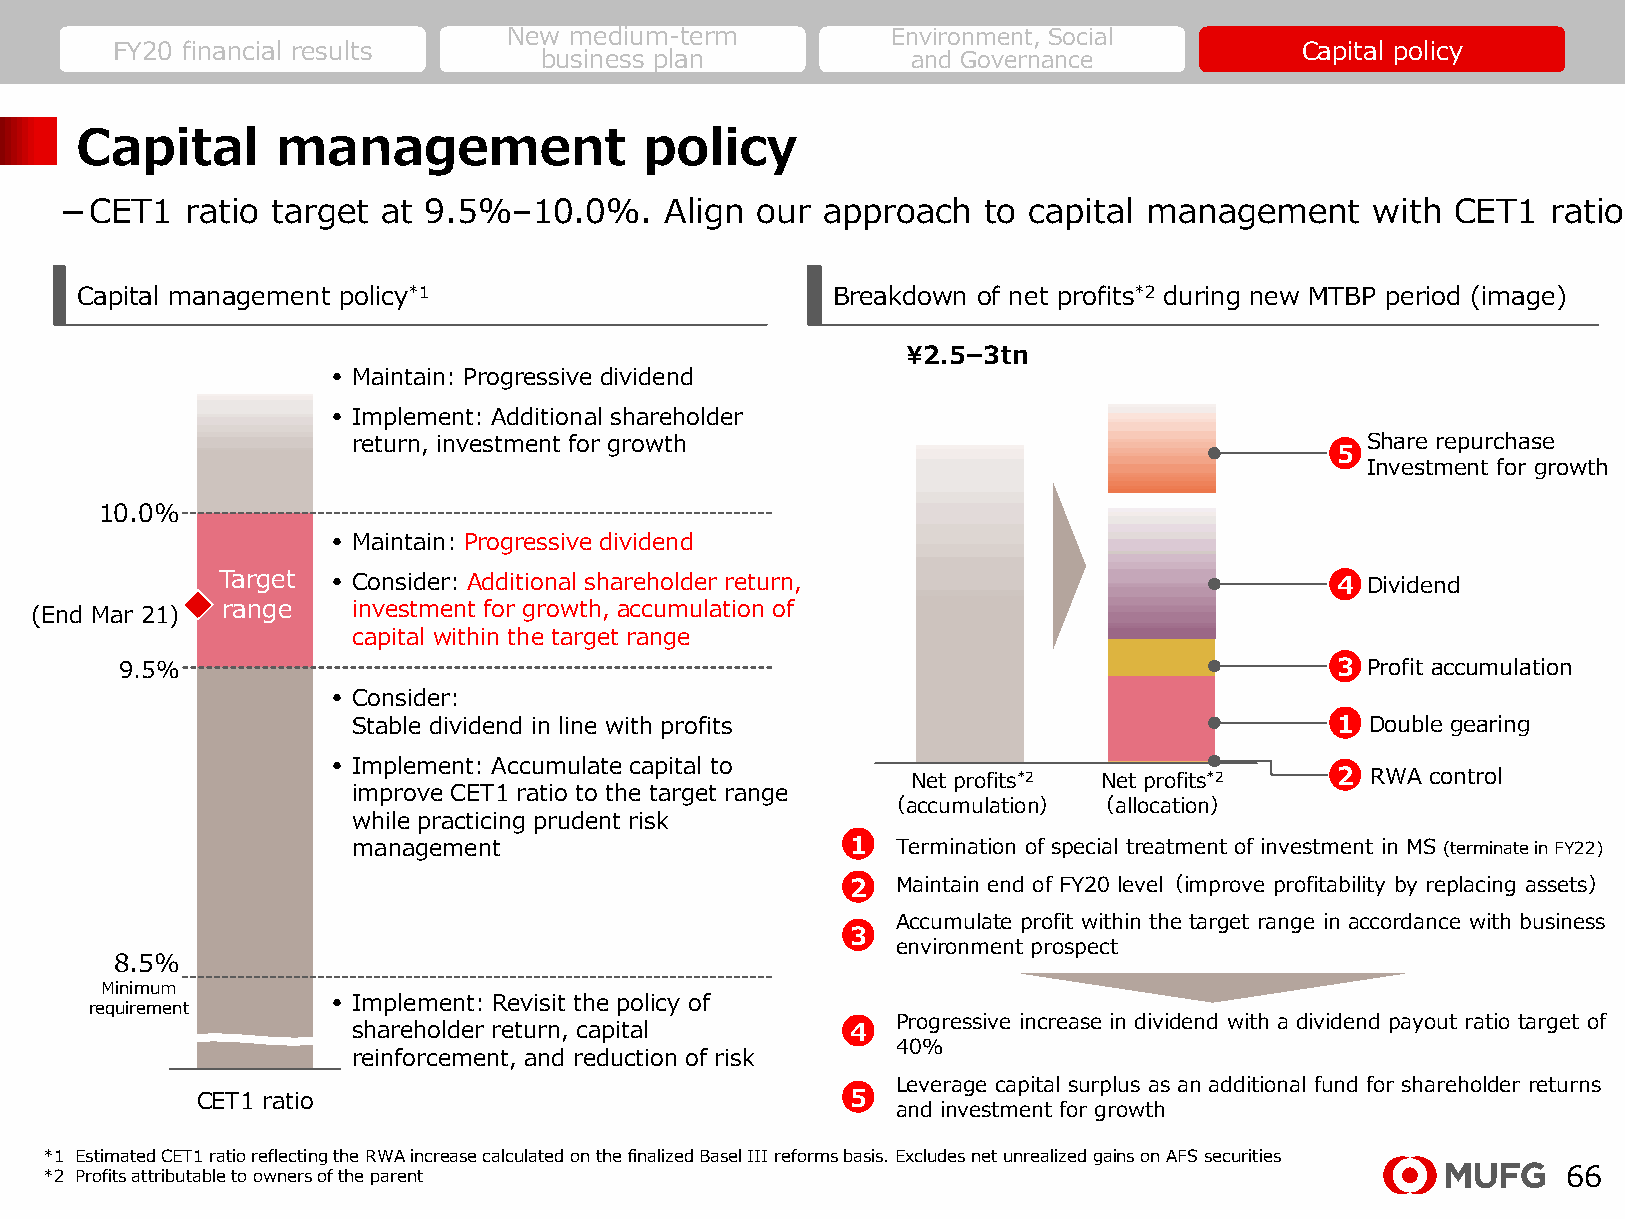
New medium-term          Environment, Social
 FY20 financial results                                                         Capital policy
 business plan           and Governance
 Capital      management               policy
 －CET1   ratio target at 9.5%–10.0%.     Align our approach   to capital management     with CET1   ratio
 Capital management policy*1                       Breakdown of net profits*2 during new MTBP period (image)
 ¥2.5–3tn
 • Maintain: Progressive dividend
 • Implement: Additional shareholder
 return, investment for growth                                      Share repurchase
 5
 Investment for growth
 10.0%
 • Maintain: Progressive dividend
 Target  • Consider: Additional shareholder return,                        4 Dividend
 (End Mar 21) range   investment for growth, accumulation of
 capital within the target range
 9.5%                                                                            3 Profit accumulation
 • Consider:
 Stable dividend in line with profits                             1  Double gearing
 • Implement: Accumulate capital to
 Net profits*2 Net profits*2 2  RWA control
 improve CET1 ratio to the target range
 （ac当cu期m利ula益tio…n） （当a期lloc利at益ionの）…
 while practicing prudent risk
 management                       1• Termination of special treatment of investment in MS (terminate in FY22)
 2• Maintain end of FY20 level（improve profitability by replacing assets）
 •  Accumulate profit within the target range in accordance with business
 3
 environment prospect
 8.5%
 Minimuｍ
 • Implement: Revisit the policy of
 requirement
 •  Progressive increase in dividend with a dividend payout ratio target of
 shareholder return, capital      4
 40%
 reinforcement, and reduction of risk
 •  Leverage capital surplus as an additional fund for shareholder returns
 CET1 ratio                                 5
 and investment for growth
 *1 Estimated CET1 ratio reflecting the RWA increase calculated on the finalized Basel III reforms basis. Excludes net unrealizedgains on AFS securities
 *2 Profits attributable to owners of the parent                                                      66